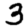
Digit: 3